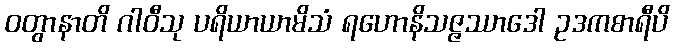
ဝတွာနာတိ ဂါဝီသု ပရိယာယာမိသံ ရဟောနိသဇ္ဇဿာဒေါ ဥဒကစာရီပိ